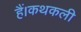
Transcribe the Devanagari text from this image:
हैं।कथकली